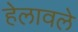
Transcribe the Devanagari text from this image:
हेलावले